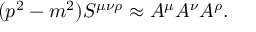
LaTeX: ( p ^ { 2 } - m ^ { 2 } ) S ^ { \mu \nu \rho } \approx A ^ { \mu } A ^ { \nu } A ^ { \rho } .